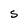
Character: S